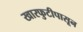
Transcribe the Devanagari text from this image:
खारफुटीपासून